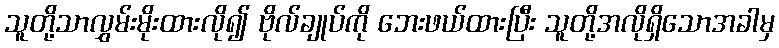
သူတို့သာလွှမ်းမိုးထားလို၍ ဗိုလ်ချုပ်ကို ဘေးဖယ်ထားပြီး သူတို့အလိုရှိသောအခါမှ